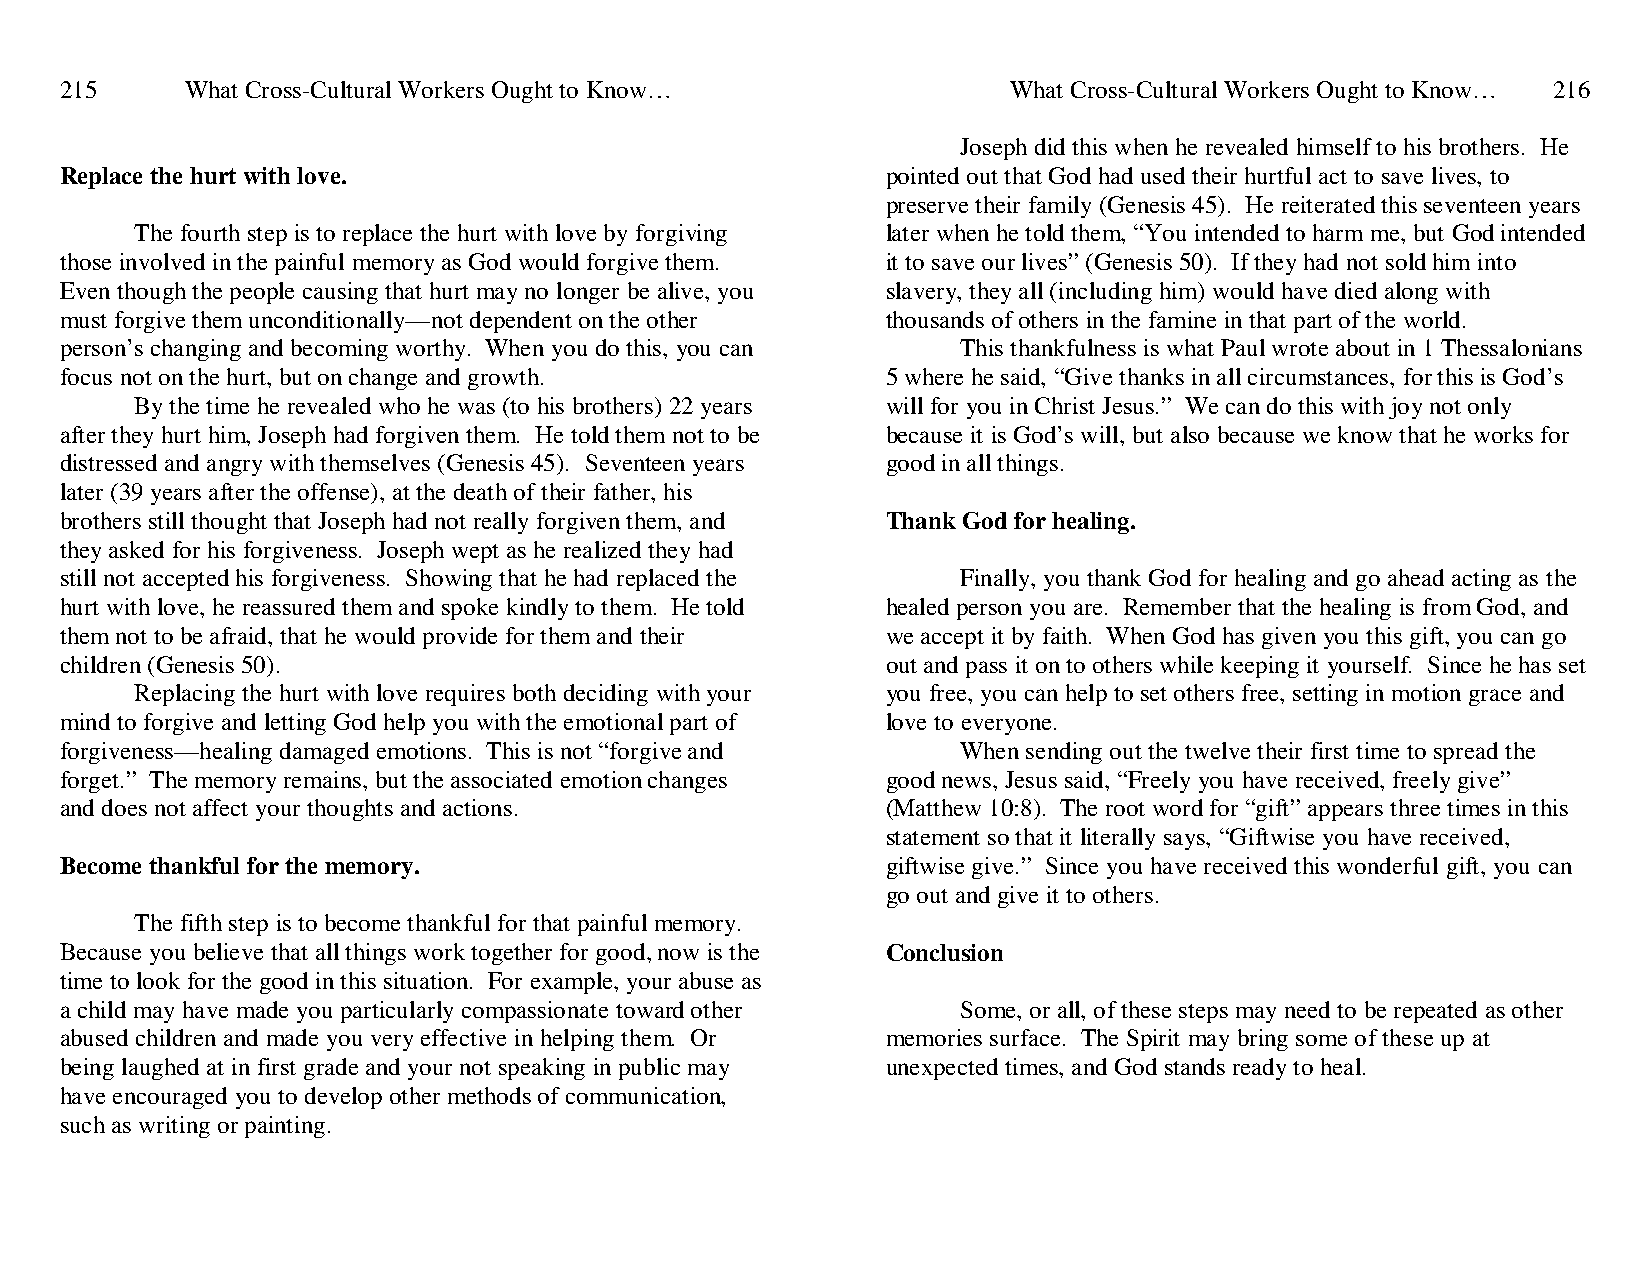
215     What Cross-Cultural Workers Ought to Know…             What Cross-Cultural Workers Ought to Know… 216
 Joseph did this when he revealed himself to his brothers. He
 Replace the hurt with love.                            pointed out that God had used their hurtful act to save lives, to
 preserve their family (Genesis 45). He reiterated this seventeen years
 The fourth step is to replace the hurt with love by forgiving later when he told them, “You intended to harm me, but God intended
 those involved in the painful memory as God would forgive them. it to save our lives” (Genesis 50). If they had not sold him into
 Even though the people causing that hurt may no longer be alive, you slavery, they all (including him) would have died along with
 must forgive them unconditionally—not dependent on the other thousands of others in the famine in that part of the world.
 person’s changing and becoming worthy. When you do this, you can This thankfulness is what Paul wrote about in 1 Thessalonians
 focus not on the hurt, but on change and growth.       5 where he said, “Give thanks in all circumstances, for this is God’s
 By the time he revealed who he was (to his brothers) 22 years will for you in Christ Jesus.” We can do this with joy not only
 after they hurt him, Joseph had forgiven them. He told them not to be because it is God’s will, but also because we know that he works for
 distressed and angry with themselves (Genesis 45). Seventeen years good in all things.
 later (39 years after the offense), at the death of their father, his
 brothers still thought that Joseph had not really forgiven them, and Thank God for healing.
 they asked for his forgiveness. Joseph wept as he realized they had
 still not accepted his forgiveness. Showing that he had replaced the Finally, you thank God for healing and go ahead acting as the
 hurt with love, he reassured them and spoke kindly to them. He told healed person you are. Remember that the healing is from God, and
 them not to be afraid, that he would provide for them and their we accept it by faith. When God has given you this gift, you can go
 children (Genesis 50).                                 out and pass it on to others while keeping it yourself. Since he has set
 Replacing the hurt with love requires both deciding with your you free, you can help to set others free, setting in motion grace and
 mind to forgive and letting God help you with the emotional part of love to everyone.
 forgiveness—healing damaged emotions. This is not “forgive and When sending out the twelve their first time to spread the
 forget.” The memory remains, but the associated emotion changes good news, Jesus said, “Freely you have received, freely give”
 and does not affect your thoughts and actions.         (Matthew 10:8). The root word for “gift” appears three times in this
 statement so that it literally says, “Giftwise you have received,
 Become thankful for the memory.                        giftwise give.” Since you have received this wonderful gift, you can
 go out and give it to others.
 The fifth step is to become thankful for that painful memory.
 Because you believe that all things work together for good, now is the Conclusion
 time to look for the good in this situation. For example, your abuse as
 a child may have made you particularly compassionate toward other Some, or all, of these steps may need to be repeated as other
 abused children and made you very effective in helping them. Or memories surface. The Spirit may bring some of these up at
 being laughed at in first grade and your not speaking in public may unexpected times, and God stands ready to heal.
 have encouraged you to develop other methods of communication,
 such as writing or painting.